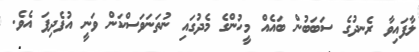
ލާފައިވާ ރެނދުގެ ސަބަބުން ބައެއް މީހުންގެ މެދުގައި ނުތަނަވަސްކަން ވަނީ އުފެދިފަ އެވެ.